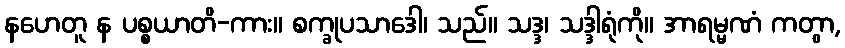
နဟေတူ န ပစ္စယာတိ-ကား။ စက္ခုပသာဒေါ၊ သည်။ သဒ္ဒ၊ သဒ္ဒါရုံကို။ အာရမ္မဏံ ကတွာ,